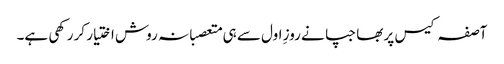
آصفہ کیس پر بھاجپا نے روزِ اول سے ہی متعصبانہ روش اختیار کر رکھی ہے۔